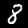
Digit: 8